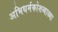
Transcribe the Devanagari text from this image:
अभिधर्मकोशव्याख्या